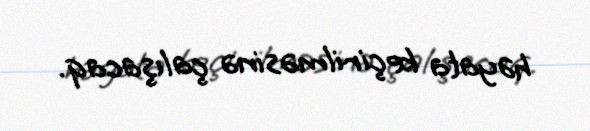
həyata keçirilməsinə çalışacaq.